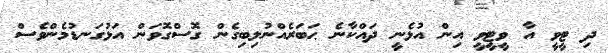
ދި ޓީވީ އާ ވީޓީވީ އިން އުޅެނީ ދައްކާނެ ޙަބަރެއްނުލިބިގެން ގޮސްގޮވަން އަޅުގަނޑުމެންވެސް